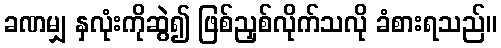
ခဏမျှ နှလုံးကိုဆွဲ၍ ဖြစ်ညှစ်လိုက်သလို ခံစားရသည်။